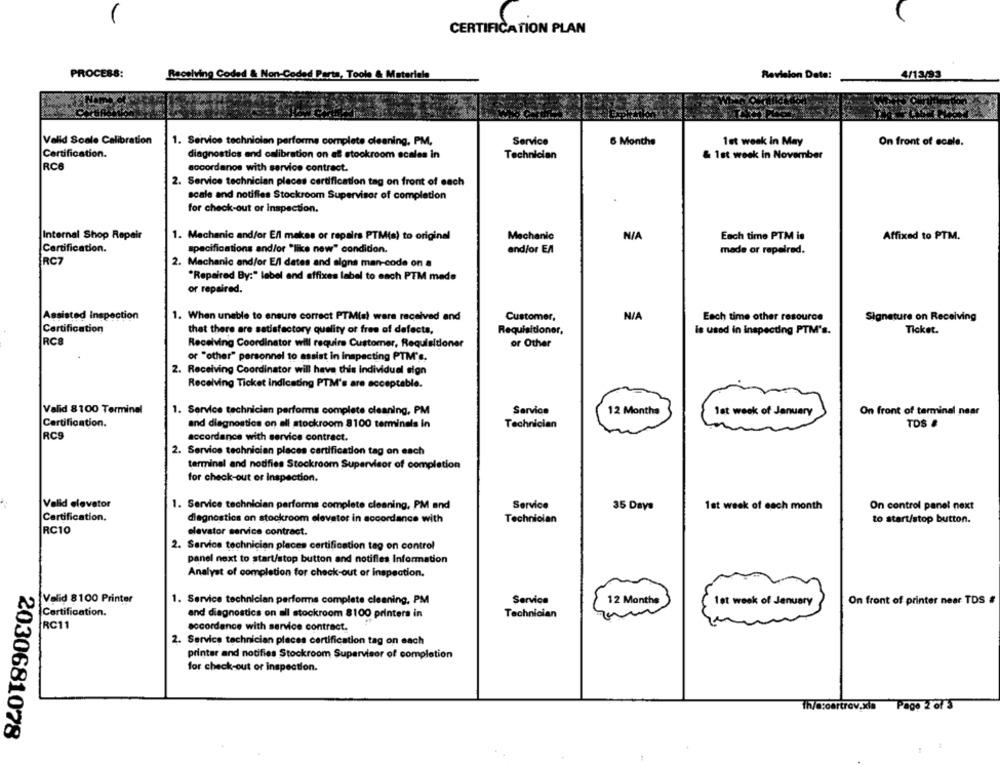
CERTIFICATION PLAN
PROCESS:
Receiving Coded & Non-Coded Parts, Tools & Materiale
Revision Date!
4/12/93
Valid Scale Calibration
1. Service technician performs complete cleaning, PM,
Service
6 Months
1st week in May
On front of scale.
Certification.
diagnostics and calibration on af stockroom scales in
Technician
& 1st week in November
RC6
accordanos with service contract.
2. Service technician places certification tag on front of each
scale and notifies Stockroom Supervisor of completion
for check-out or inspection.
Internal Shop Repair
1. Mechanic and/or Ell makes or repairs PTM(s) to original
Mechanic
Each time PTM is
Affixed to PTM.
Certification.
specifications and/or "like new" condidon.
and/or EA
made or repelred.
RC7
2. Mechanic and/or E/l dates and algna man-code on a
"Repaired By:" label and affixes label to each PTM made
or repaired.
Assisted Inspection
1. When unable to ensure correct PTMiał were received and
Customer,
Each time other resource
Signature on Receiving
Certification
that there are satisfactory quality of free of defects,
Requisitioner,
is used in inspecting PTM's.
Tloket.
RC8
Receiving Coordinator will require Customer, Requisitioner
or Other
or "other" personnel to assist in inspecting PTM's.
2. Receiving Coordinator will have this Individual sign
Receiving Ticket indicating PTM's are acceptable.
Valid 8100 Terminel
1. Service technicien performs complete cleaning, PM
Service
12 Months
1st week of January
On front of terminal naar
Certification.
and diagnostics on all stockroom 8100 terminals in
Technician
TOS &
RCS
accordance with service contract.
2. Service technician places certification tag on each
terminal and notifies Stockroom Supervisor of completion
for check-out or Inspection.
Valid elevator
1. Service technician performs complete cleaning, PM and
Service
1st week of each month
35 Days
On control panel next
Certification.
diagnostics on stockroom elevator in accordance with
Technician
to start/stop button.
RC10
elevator service contract.
2. Service technician places certification tag on control
panel next to start/stop button and notifies Information
Analyst of completion for check-out or inspection.
Valid 8100 Printer
1. Service technician performs complete cleaning, PM
Service
12 Months
1st week of January
On front of printer near TDS #
Certification.
and diagnostics on all stockroom 8100 printers in
Technician
RC11
accordance with service contract.
2. Service technician places certification tag on each
printer and notifies Stockroom Supervisor of completion
for check-out or inspection.
Th/@soortrov.xla
Pago 2 of 5
2030681078